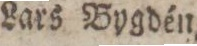
J. F. Thurdin,    Lars Bygdén,